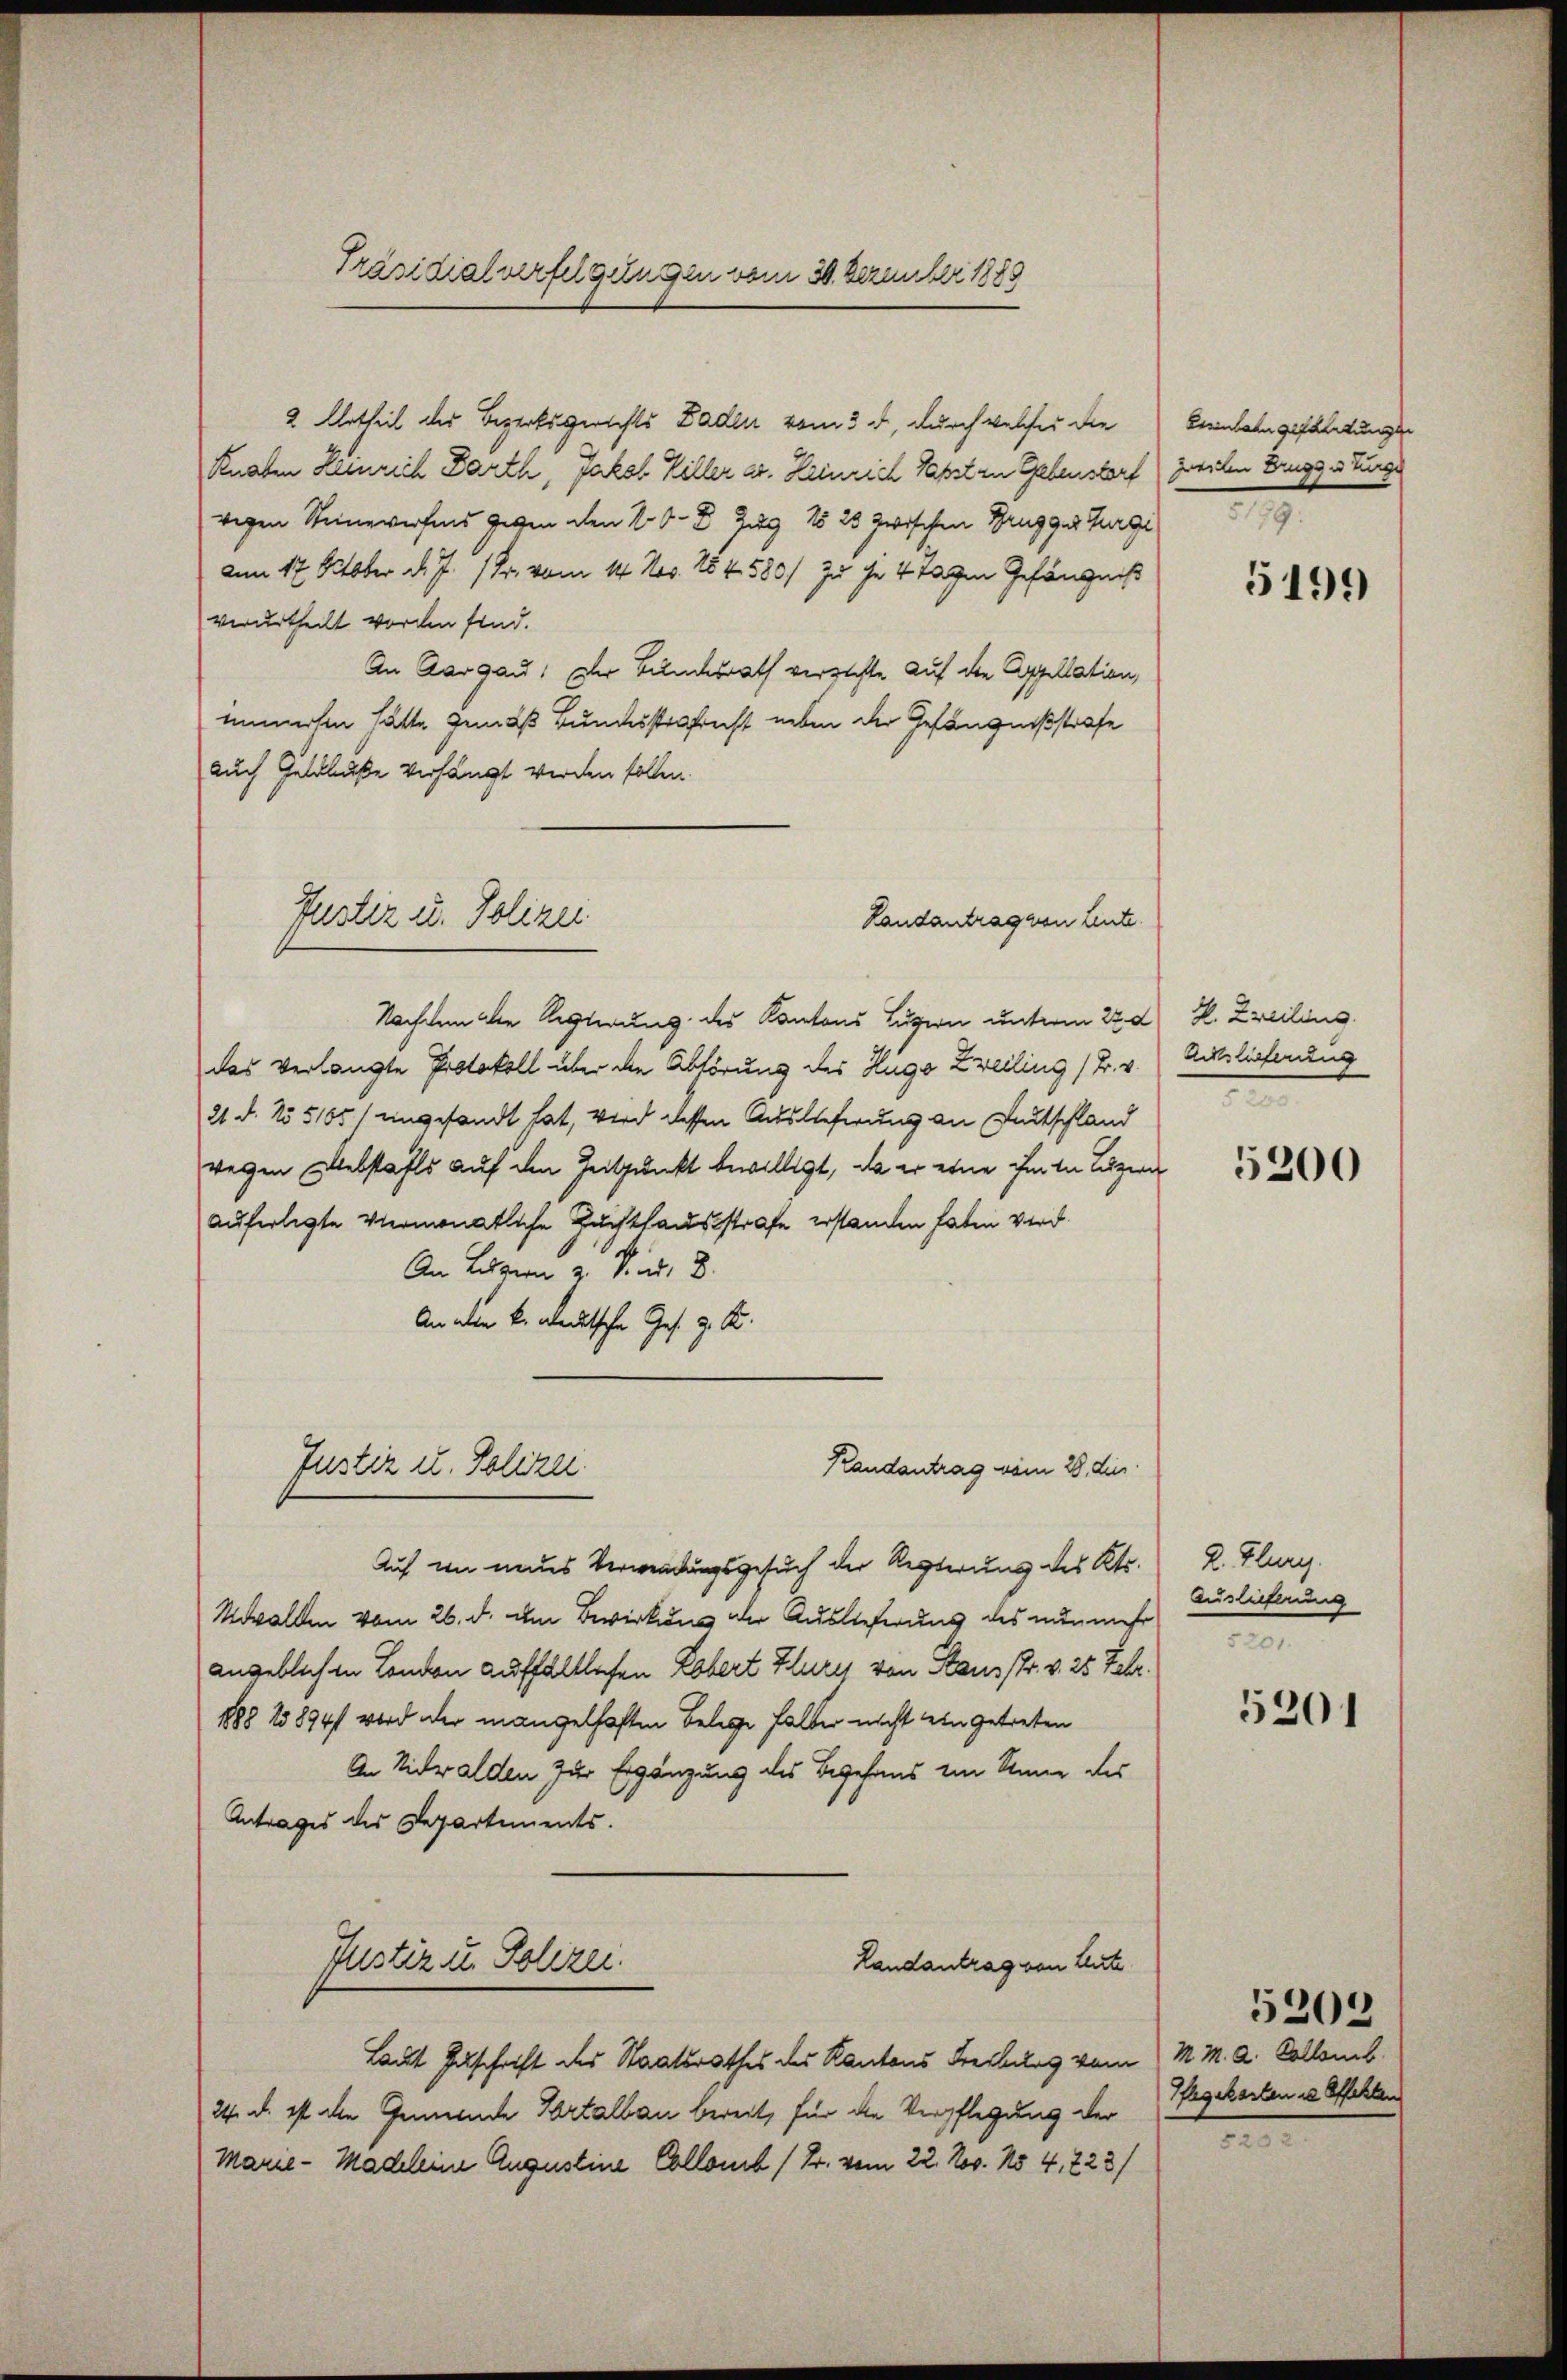
Präsidialverfolgungen vom 30. Dezember 1888

2 Urtheil des Bezirksgerichts Baden vom 3. d, durch welches die Beinbahn gefaltungen
Knaben Heinrich Darth, Jakob Willer ar. Heinrich Papsten Gebenstorf zweiten Diggis Turge
wegen Steinererfend gegen den 100 - 8. Zug No 25 zwischen Brugger Turge
am 17. October d. J. 1 Fr. vom 14. Nov. 154. 580/ zu ihr 4 Tagen Gefängniß
verurtheilt worden sind.
An Aargau. Der Bundesrath verzichte auf die Appellation,
immerten hätte gemäß Bundesstrafrecht neben der Gefängnißstrafe
auch Geldbuße verhängt werden sollen.
Nachdem die Regierung des Kantons Luzern unterm 22. d. R. Zweiling
das verlangte Protokoll über die Abhörung des Hugo Zweiling (Tr. v.
21. d. No 5105/ ungesandt hat, wird dessen Auslieferung an Deutschland
wegen Diebstahls auf den Zeitpunkt bewilligt, da er eine ihm in Luzern
auferlegte viermonatliche Zuchthausstrafe erstanden haten wird.
An Luzern z. Konr. 8.
An den k. deutsche Ges. z. B.
Justiz u. Polizei
Randantrag vom 28. die
Auch von neues Verwendungsgesuch der Regierung des Kts.
Novallen vom 26. d. dem Bewirkung der Auslieferung des nunmehr
angeblichen London aufhältlichen Lobert Klury von Stausstr. v. 25 Febr.
1888 15894/ wird der mangelhaften Belege halber nicht ein getreten
An Nidwalden zur Ergänzung des Begehens im Sinne des
Antrages des Departements.
Justiz u. Polizei.
Landantrag von Leute
Laut Zuschrift des Staatsrathes des Kantons Freibung vom M. M. A. Kollenb
24. d. ist die Gemeinde Portalbau bereit, für die Verpflegung der
Marie-Madleine Augustine Collouch Fr. vom 22. Nov. 154, 223/

Justiz u. Polizei

Randantragenen Leute.

.

5199

Acklicherung
e

5200

2. Flurg
Auslieferung
M

5201

Pflegekosten in Effekten

e

5202